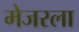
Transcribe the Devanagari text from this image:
मेजरला